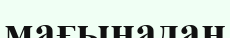
мағынадан